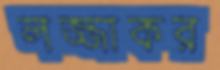
লজ্জাকর